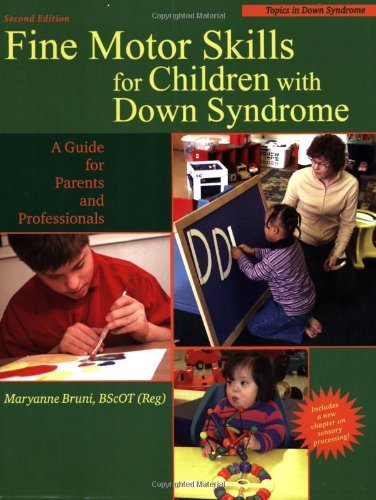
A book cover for Fine Motor Skills for Children With Down Syndrome: A Guide for Parents And Professionals (Topics in Down Syndrome) [Paperback] [2006] (Author) Maryanne Bruni; Health, Fitness & Dieting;